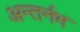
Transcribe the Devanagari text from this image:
अन्तर्नभ